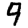
Digit: 9